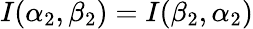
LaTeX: I(\alpha_{2},\beta_{2})=I(\beta_{2},\alpha_{2})